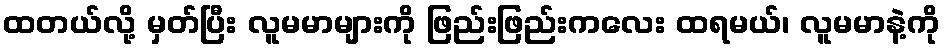
ထတယ်လို့ မှတ်ပြီး လူမမာများကို ဖြည်းဖြည်းကလေး ထရမယ်၊ လူမမာနဲ့ကို